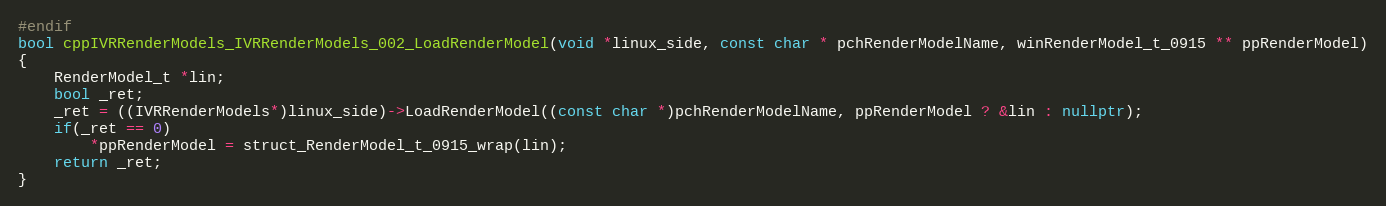
Language: C++
#endif
bool cppIVRRenderModels_IVRRenderModels_002_LoadRenderModel(void *linux_side, const char * pchRenderModelName, winRenderModel_t_0915 ** ppRenderModel)
{
    RenderModel_t *lin;
    bool _ret;
    _ret = ((IVRRenderModels*)linux_side)->LoadRenderModel((const char *)pchRenderModelName, ppRenderModel ? &lin : nullptr);
    if(_ret == 0)
        *ppRenderModel = struct_RenderModel_t_0915_wrap(lin);
    return _ret;
}